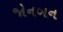
જોનબન